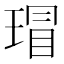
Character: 瑁